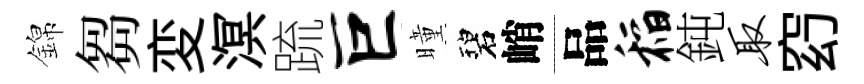
錦芻変溟䟽巨曈碧峭品稻鈍取𥥆